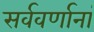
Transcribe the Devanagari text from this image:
सर्ववर्णानां